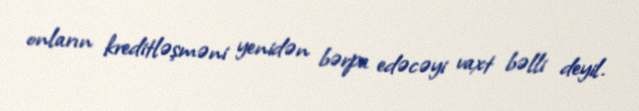
onların kreditləşməni yenidən bərpa edəcəyi vaxt bəlli deyil.